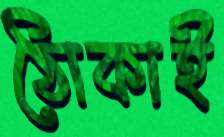
ঠোকাই